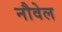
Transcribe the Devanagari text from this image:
नौवेल